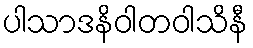
ပါသာဒနိဝါတဝါသိနီ